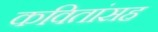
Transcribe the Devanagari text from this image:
कवितांसह